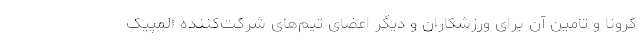
کرونا و تامین آن برای ورزشکاران و دیگر اعضای تیم‌های شرکت‌کننده المپیک